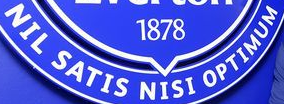
NIL SATIS NISI OPTIMUM